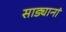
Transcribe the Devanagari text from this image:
साड्यानां